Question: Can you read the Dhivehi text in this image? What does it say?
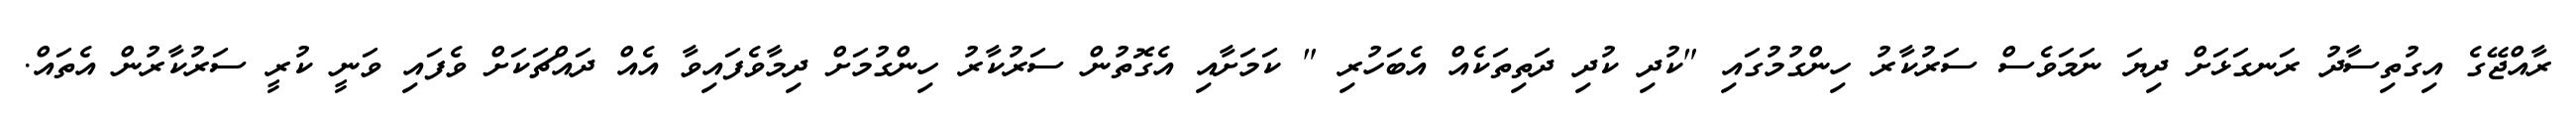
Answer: ރާއްޖޭގެ އިގުތިސާދު ރަނގަޅަށް ދިޔަ ނަމަވެސް ސަރުކާރު ހިންގުމުގައި "ކުދި ކުދި ދަތިތަކެއް އެބަހުރި " ކަމަށާއި އެގޮތުން ސަރުކާރު ހިންގުމަށް ދިމާވެފައިވާ އެއް ދައްޗަކަށް ވެފައި ވަނީ ކުރީ ސަރުކާރުން އެތައް.